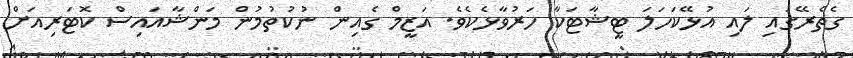
ގެތެރޭގައި ލައި އުޅޭކަހަލަ ޓީޝާޓަކާ ހަރުވާޅެކެވެ. އަޒީމް ގެއިން ނުކުތުމުން މަންޝާއައިސް ކޮޓަރިއަށް